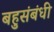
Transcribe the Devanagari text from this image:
बहुसंबंधी